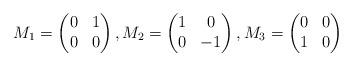
LaTeX: \begin{align*}M_1=\left( \begin{matrix} 0 & 1 \\ 0 & 0 \end{matrix} \right), M_2= \left( \begin{matrix} 1 & 0 \\ 0 & -1 \end{matrix} \right), M_3=\left( \begin{matrix} 0 & 0 \\ 1 & 0 \end{matrix} \right)\end{align*}